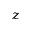
_ z